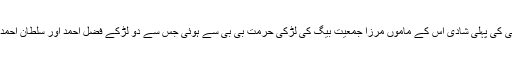
مرزا قادیانی کی پہلی شادی اس کے ماموں مرزا جمعیت بیگ کی لڑکی حرمت بی بی سے ہوئی جس سے دو لڑکے فضل احمد اور سلطان احمد پیدا ہوئے۔